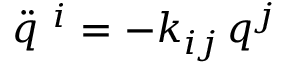
\ddot { q } ^ { \ i } = - k _ { i j } \, q ^ { j }